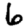
Digit: 6